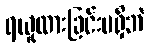
ရယူထားခြင်းမရှိဘဲ